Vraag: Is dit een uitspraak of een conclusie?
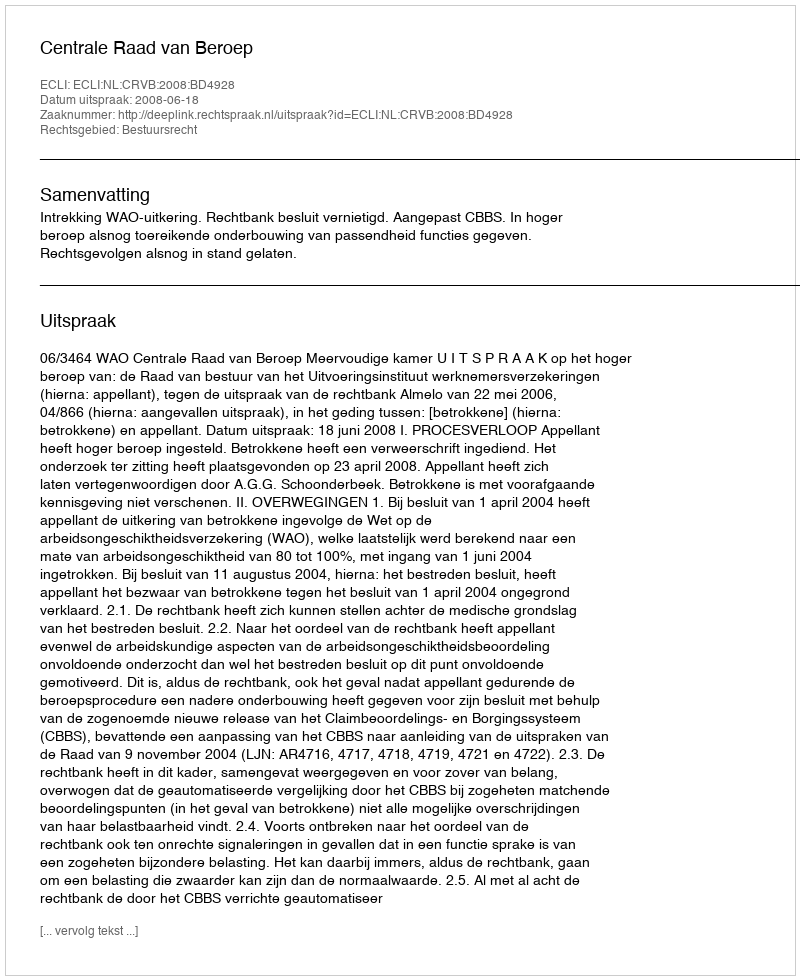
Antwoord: Uitspraak